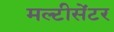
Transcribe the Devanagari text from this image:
मल्टीसेंटर